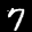
Label: 7